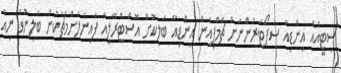
ސިޓީއެއް އިންޑިއާ ސަޕޯޓަރުންނަށް ޗެމްޕިއަން އިންޑިއާ ބަލިކޮށް އޮސްޓްރޭލިއާ ފައިނަލަށްމެޗަކުން ބަލިނުވެ ނިއު